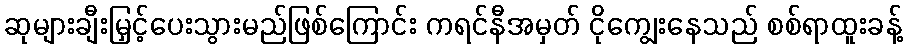
ဆုများချီးမြှင့်ပေးသွားမည်ဖြစ်ကြောင်း ကရင်နီအမှတ် ငိုကျွေးနေသည် စစ်ရာထူးခန့်